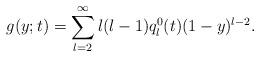
LaTeX: \begin{align*}g(y;t) = \sum_{l=2}^\infty l(l-1)q_l^0(t)(1-y)^{l-2}.\end{align*}